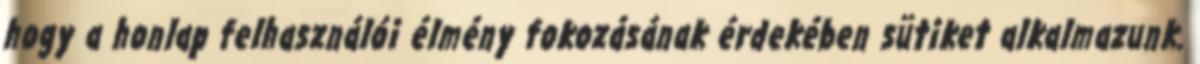
hogy a honlap felhasználói élmény fokozásának érdekében sütiket alkalmazunk.